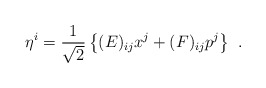
\begin{align*}\eta^{i}= \frac{1}{\sqrt{2}}\left\{(E)_{ij}x^{j}+(F)_{ij}p^{j}\right\}\hspace{0.15cm}.\end{align*}